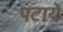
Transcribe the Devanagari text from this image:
पटाये